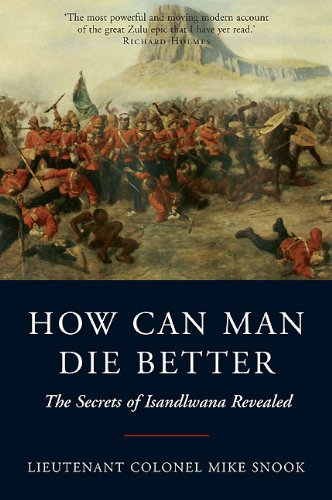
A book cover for HOW CAN MAN DIE BETTER: The Secrets of Isandlwana Revealed; Mike Snook; History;